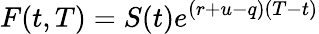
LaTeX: F(t,T)=S(t)e^{(r+u-q)(T-t)}